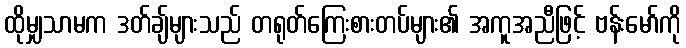
ထိုမျှသာမက ဒတ်ချ်များသည် တရုတ်ကြေးစားတပ်များ၏ အကူအညီဖြင့် ဗန်းမော်ကို